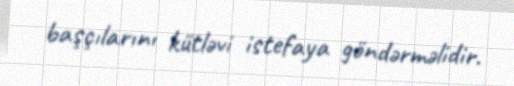
başçılarını kütləvi istefaya göndərməlidir.